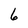
Character: 6